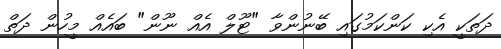
ދަތަކީ އެކި ކަންކަމުގައި ބޭނުންވާ "ޓޫލް އެއް ނޫން" ބައެއް މީހުން ދަތް